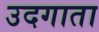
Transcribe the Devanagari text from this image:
उदगाता